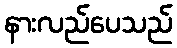
နားလည်ပေသည်